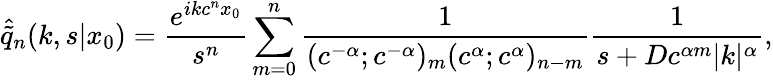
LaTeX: \hat{\tilde{q}}_{n}(k,s|x_{0})=\frac{e^{ikc^{n}x_{0}}}{s^{n}}\sum_{m=0}^{n}\frac{1}{(c^{-\alpha};c^{-\alpha})_{m}(c^{\alpha};c^{\alpha})_{n-m}}\frac{1}{s+Dc^{\alpha m}|k|^{\alpha}},